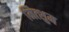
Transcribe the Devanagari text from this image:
मित्शुम